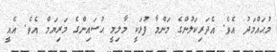
މުޙައްމަދު އެވެ. އެދަރިކަލުންގެ މަންމާ ފުޅަކީ މާލިމީ ޙުސައިންގެ މަރިޔަމް އެވެ. އެއީ